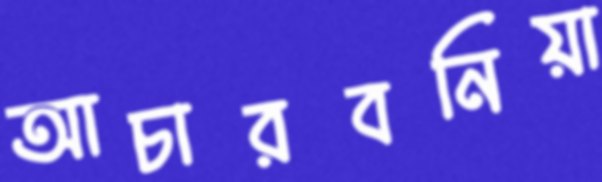
আচারবনিয়া